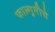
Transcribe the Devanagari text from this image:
फाल्गुनीचे